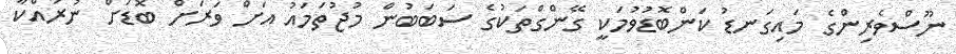
ނޫސްވެރިންގެ މައިގަނޑު ކަންބޮޑުވުމަކީ ގޭންގްތަކުގެ ސަބަބުން މުޖުތަަމައު އަށް ވަރަށް ބޮޑަށް ނުރައްކާ